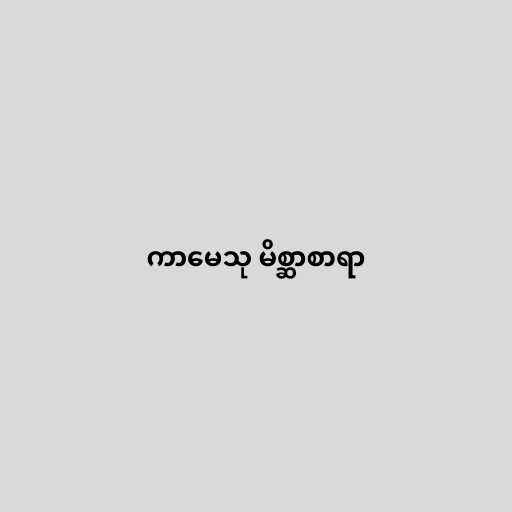
ကာမေသု မိစ္ဆာစာရာ